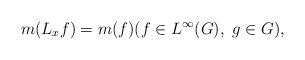
LaTeX: \begin{align*}m(L_xf) = m(f) (f \in L^\infty(G), \ g \in G),\end{align*}